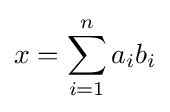
x=\sum _{i=1}^{n}a_{i}b_{i}